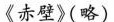
《赤壁》(略)